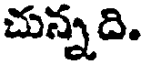
చున్నది.